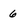
Character: 6